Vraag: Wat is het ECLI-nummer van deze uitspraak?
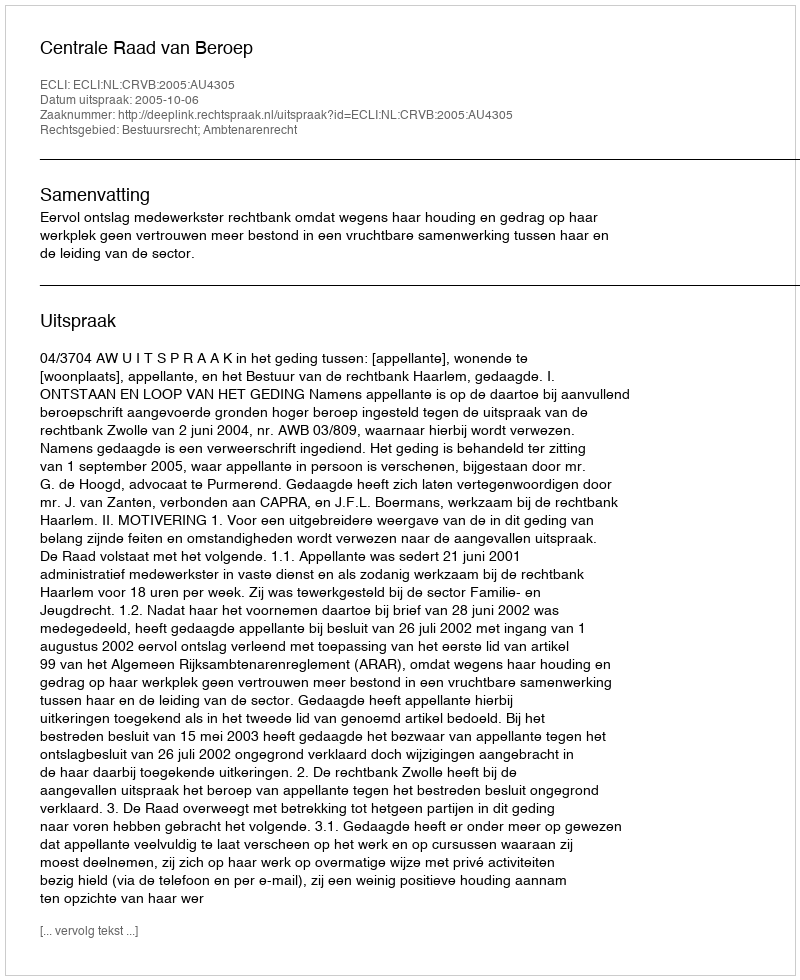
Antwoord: ECLI:NL:CRVB:2005:AU4305